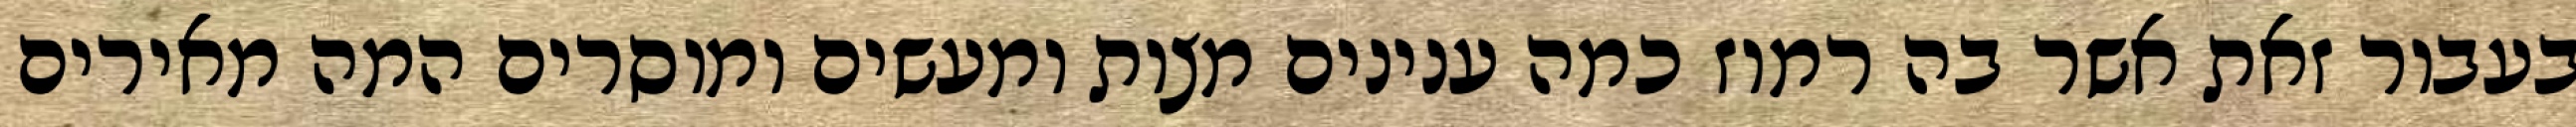
בעבור זאת אשר בה רמוז כמה ענינים מצות ומעשים ומוסרים המה מאירים